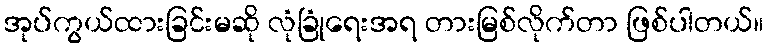
အုပ်ကွယ်ထားခြင်းမဆို လုံခြုံရေးအရ တားမြစ်လိုက်တာ ဖြစ်ပါတယ်။